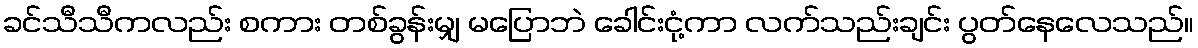
ခင်သီသီကလည်း စကား တစ်ခွန်းမျှ မပြောဘဲ ခေါင်းငုံ့ကာ လက်သည်းချင်း ပွတ်နေလေသည်။